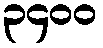
၃၄၀၀